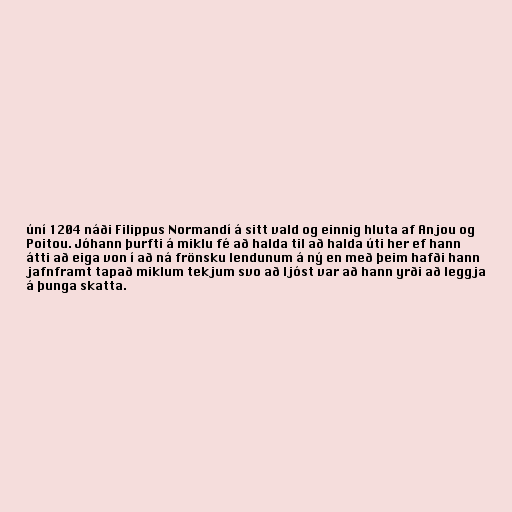
úní 1204 náði Filippus Normandí á sitt vald og einnig hluta af Anjou og
Poitou. Jóhann þurfti á miklu fé að halda til að halda úti her ef hann
átti að eiga von í að ná frönsku lendunum á ný en með þeim hafði hann
jafnframt tapað miklum tekjum svo að ljóst var að hann yrði að leggja
á þunga skatta.